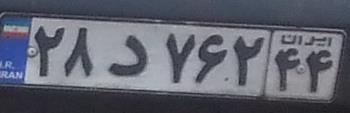
۲۸د۷۶۲۴۴